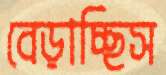
বেড়াচ্ছিস